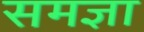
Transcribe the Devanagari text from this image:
समज्ञा